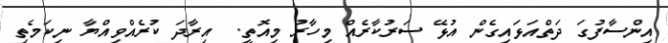
އިންސާފުގަ ދަތްއަޅައިގެން އުޅޭ ސަރުކާރެއް މިހާރު މިއޮތީ.  އިރާދަ ކުރެއްވިއްޔާ ނިކަމެތި